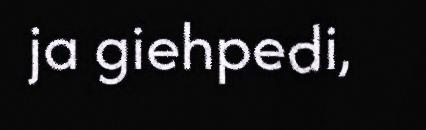
ja giehpedi,